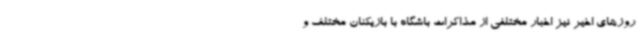
روزهای اخیر نیز اخبار مختلفی از مذاکرات باشگاه با بازیکنان مختلف و